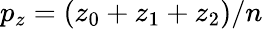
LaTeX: p_{z}=(z_{0}+z_{1}+z_{2})/n